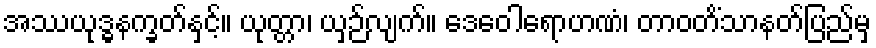
အဿယုဒ္ဓနက္ခတ်နှင့်။ ယုတ္တာ၊ ယှဉ်လျက်။ ဒေဝေါရောဟဏံ၊ တာဝတိံသာနတ်ပြည်မှ